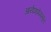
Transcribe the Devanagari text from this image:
आर्यभाषेपासून